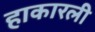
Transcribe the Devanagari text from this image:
हाकारली